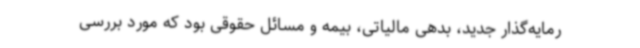
رمایه‌گذار جدید، بدهی مالیاتی، بیمه و مسائل حقوقی بود که مورد بررسی